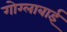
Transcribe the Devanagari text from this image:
गोग्लाबाई